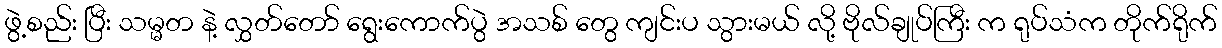
ဖွဲ့စည်း ပြီး သမ္မတ နဲ့ လွှတ်တော် ရွေးကောက်ပွဲ အသစ် တွေ ကျင်းပ သွားမယ် လို့ ဗိုလ်ချုပ်ကြီး က ရုပ်သံက တိုက်ရိုက်